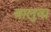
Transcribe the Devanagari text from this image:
बालुवा